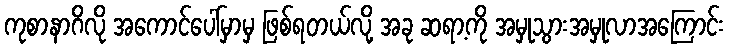
ကုစာနာဂိလို အကောင်ပေါ်မှာမှ ဖြစ်ရတယ်လို့ အခု ဆရာ့ကို အမှုသွားအမှုလာအကြောင်း